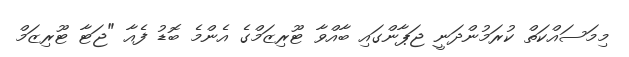
މިމަސައްކަތް ކުރަމުންދަނީ ޖަޕާންގައި ބާއްވާ ޓޫރިޒަމްގެ އެންމެ ބޮޑު ފެއާ "ޖަޓާ ޓޫރިޒަމް